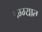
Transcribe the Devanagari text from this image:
डग्ग्यात